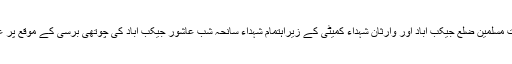
جیکب آباد مجلس وحدت مسلمین ضلع جیکب آباد اور وارثان شہداء کمیٹی کے زیراہتمام شہداء سانحہ شب عاشور جیکب آباد کی چوتھی برسی کے موقع پر عظمت شہداء کانفرنس ۔